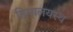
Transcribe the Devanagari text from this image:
हिमालयस्थ